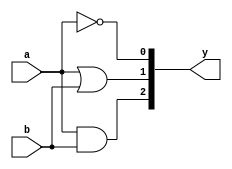
//AND/OR/NOT

module gates(input a, b, output [2:0]y);
assign y[2]= a & b; // AND gate
assign y[1]= a | b; // OR gate
assign y[0]= ~a; // NOT gate
endmodule

module gates_tb;
wire [2:0]y;
reg a, b;
gates dut(a,b,y);
initial
begin
$dumpfile("text.vcd");
$dumpvars(0, gates_tb);
a = 1'b0;
b = 1'b0;
#50;
a = 1'b0;
b = 1'b1;
#50;
a = 1'b1;
b = 1'b0;
#50;
a = 1'b1;
b = 1'b1;
#50;
end
endmodule